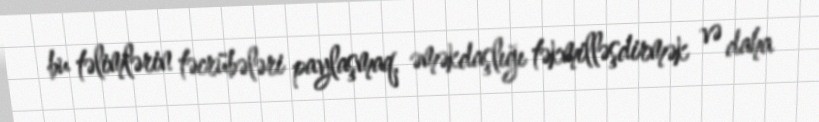
bu təlimlərin təcrübələri paylaşmaq, əməkdaşlığı təkmilləşdirmək və daha